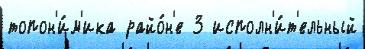
топон'и́м'ика райо́н'е 3 исполн'и́т'ельный